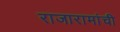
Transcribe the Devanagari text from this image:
राजारामांची